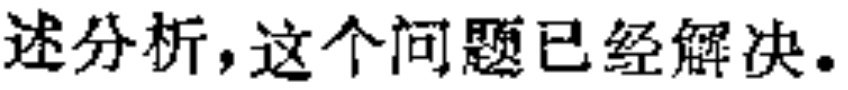
述分析，这个问题已经解决。